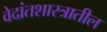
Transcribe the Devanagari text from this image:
वेदांतशास्त्रातील